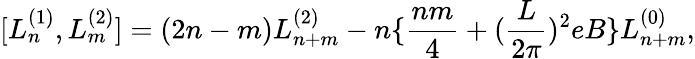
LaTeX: [L_{n}^{(1)},L_{m}^{(2)}]=(2n-m)L_{n+m}^{(2)}-n\{ \frac{nm}{4}+(\frac{L}{2\pi})^{2}eB\} L_{n+m}^{(0)},